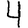
Digit: 4